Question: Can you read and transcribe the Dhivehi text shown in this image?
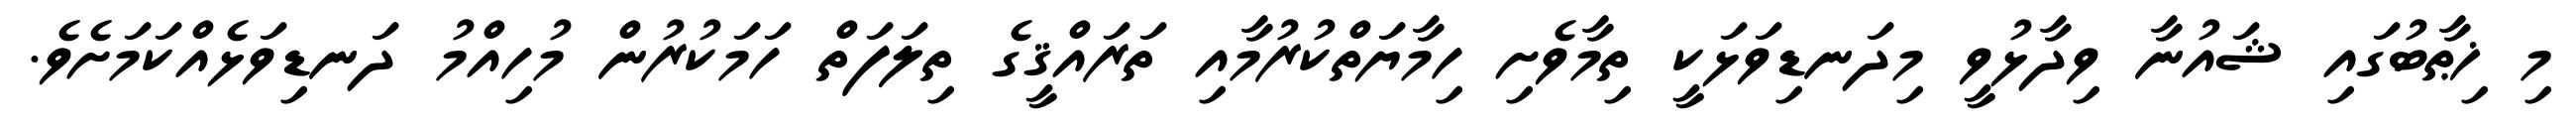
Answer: މި ޚިޠާބުގައި ޝައުނާ ވިދާޅުވީ މިދަނޑިވަޅަކީ ތިމާވެށި ހިމާޔަތްކުރުމާއި ތަރައްޤީގެ ތިލަފަތް ހަމަކުރުން މުހިއްމު ދަނޑިވަޅެއްކަމަށެވެ.